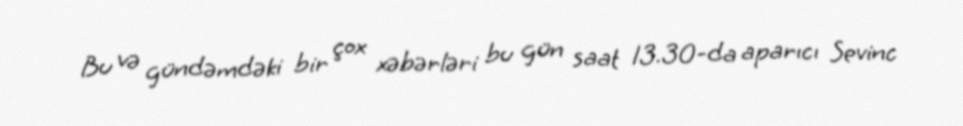
Bu və gündəmdəki bir çox xəbərləri bu gün saat 13.30-da aparıcı Sevinc